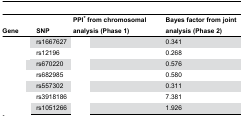
<table><thead><tr><td><b>Gene</b></td><td><b>SNP</b></td><td><b>PPI* from chromosomal analysis (Phase 1)</b></td><td><b>Bayes factor from joint analysis (Phase 2)</b></td></tr></thead><tbody><tr><td>[EMPTY_CELL]</td><td>rs1667627</td><td>[EMPTY_CELL]</td><td>0.341</td></tr><tr><td>[EMPTY_CELL]</td><td>rs12196</td><td>[EMPTY_CELL]</td><td>0.268</td></tr><tr><td>[EMPTY_CELL]</td><td>rs670220</td><td>[EMPTY_CELL]</td><td>0.576</td></tr><tr><td>[EMPTY_CELL]</td><td>rs682985</td><td>[EMPTY_CELL]</td><td>0.580</td></tr><tr><td>[EMPTY_CELL]</td><td>rs557302</td><td>[EMPTY_CELL]</td><td>0.311</td></tr><tr><td>[EMPTY_CELL]</td><td>rs3918186</td><td>[EMPTY_CELL]</td><td>7.381</td></tr><tr><td>[EMPTY_CELL]</td><td>rs1051266</td><td>[EMPTY_CELL]</td><td>1.926</td></tr></tbody></table>